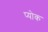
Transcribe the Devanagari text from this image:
प्योक